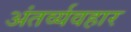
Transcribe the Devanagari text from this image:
अंतर्व्यवहार